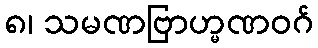
၈၊ သမဏဗြာဟ္မဏဝဂ်